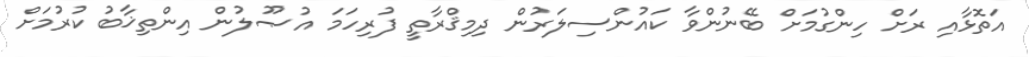
އަތޮޅާއި ރަށް ހިންގުމަށް ބޭނުންވާ ކައުންސިލަރުން ދިމިޤްރާތީ ފުރިހަމަ އުޞޫލުން އިންތިޚާބު ކުރުމަށް